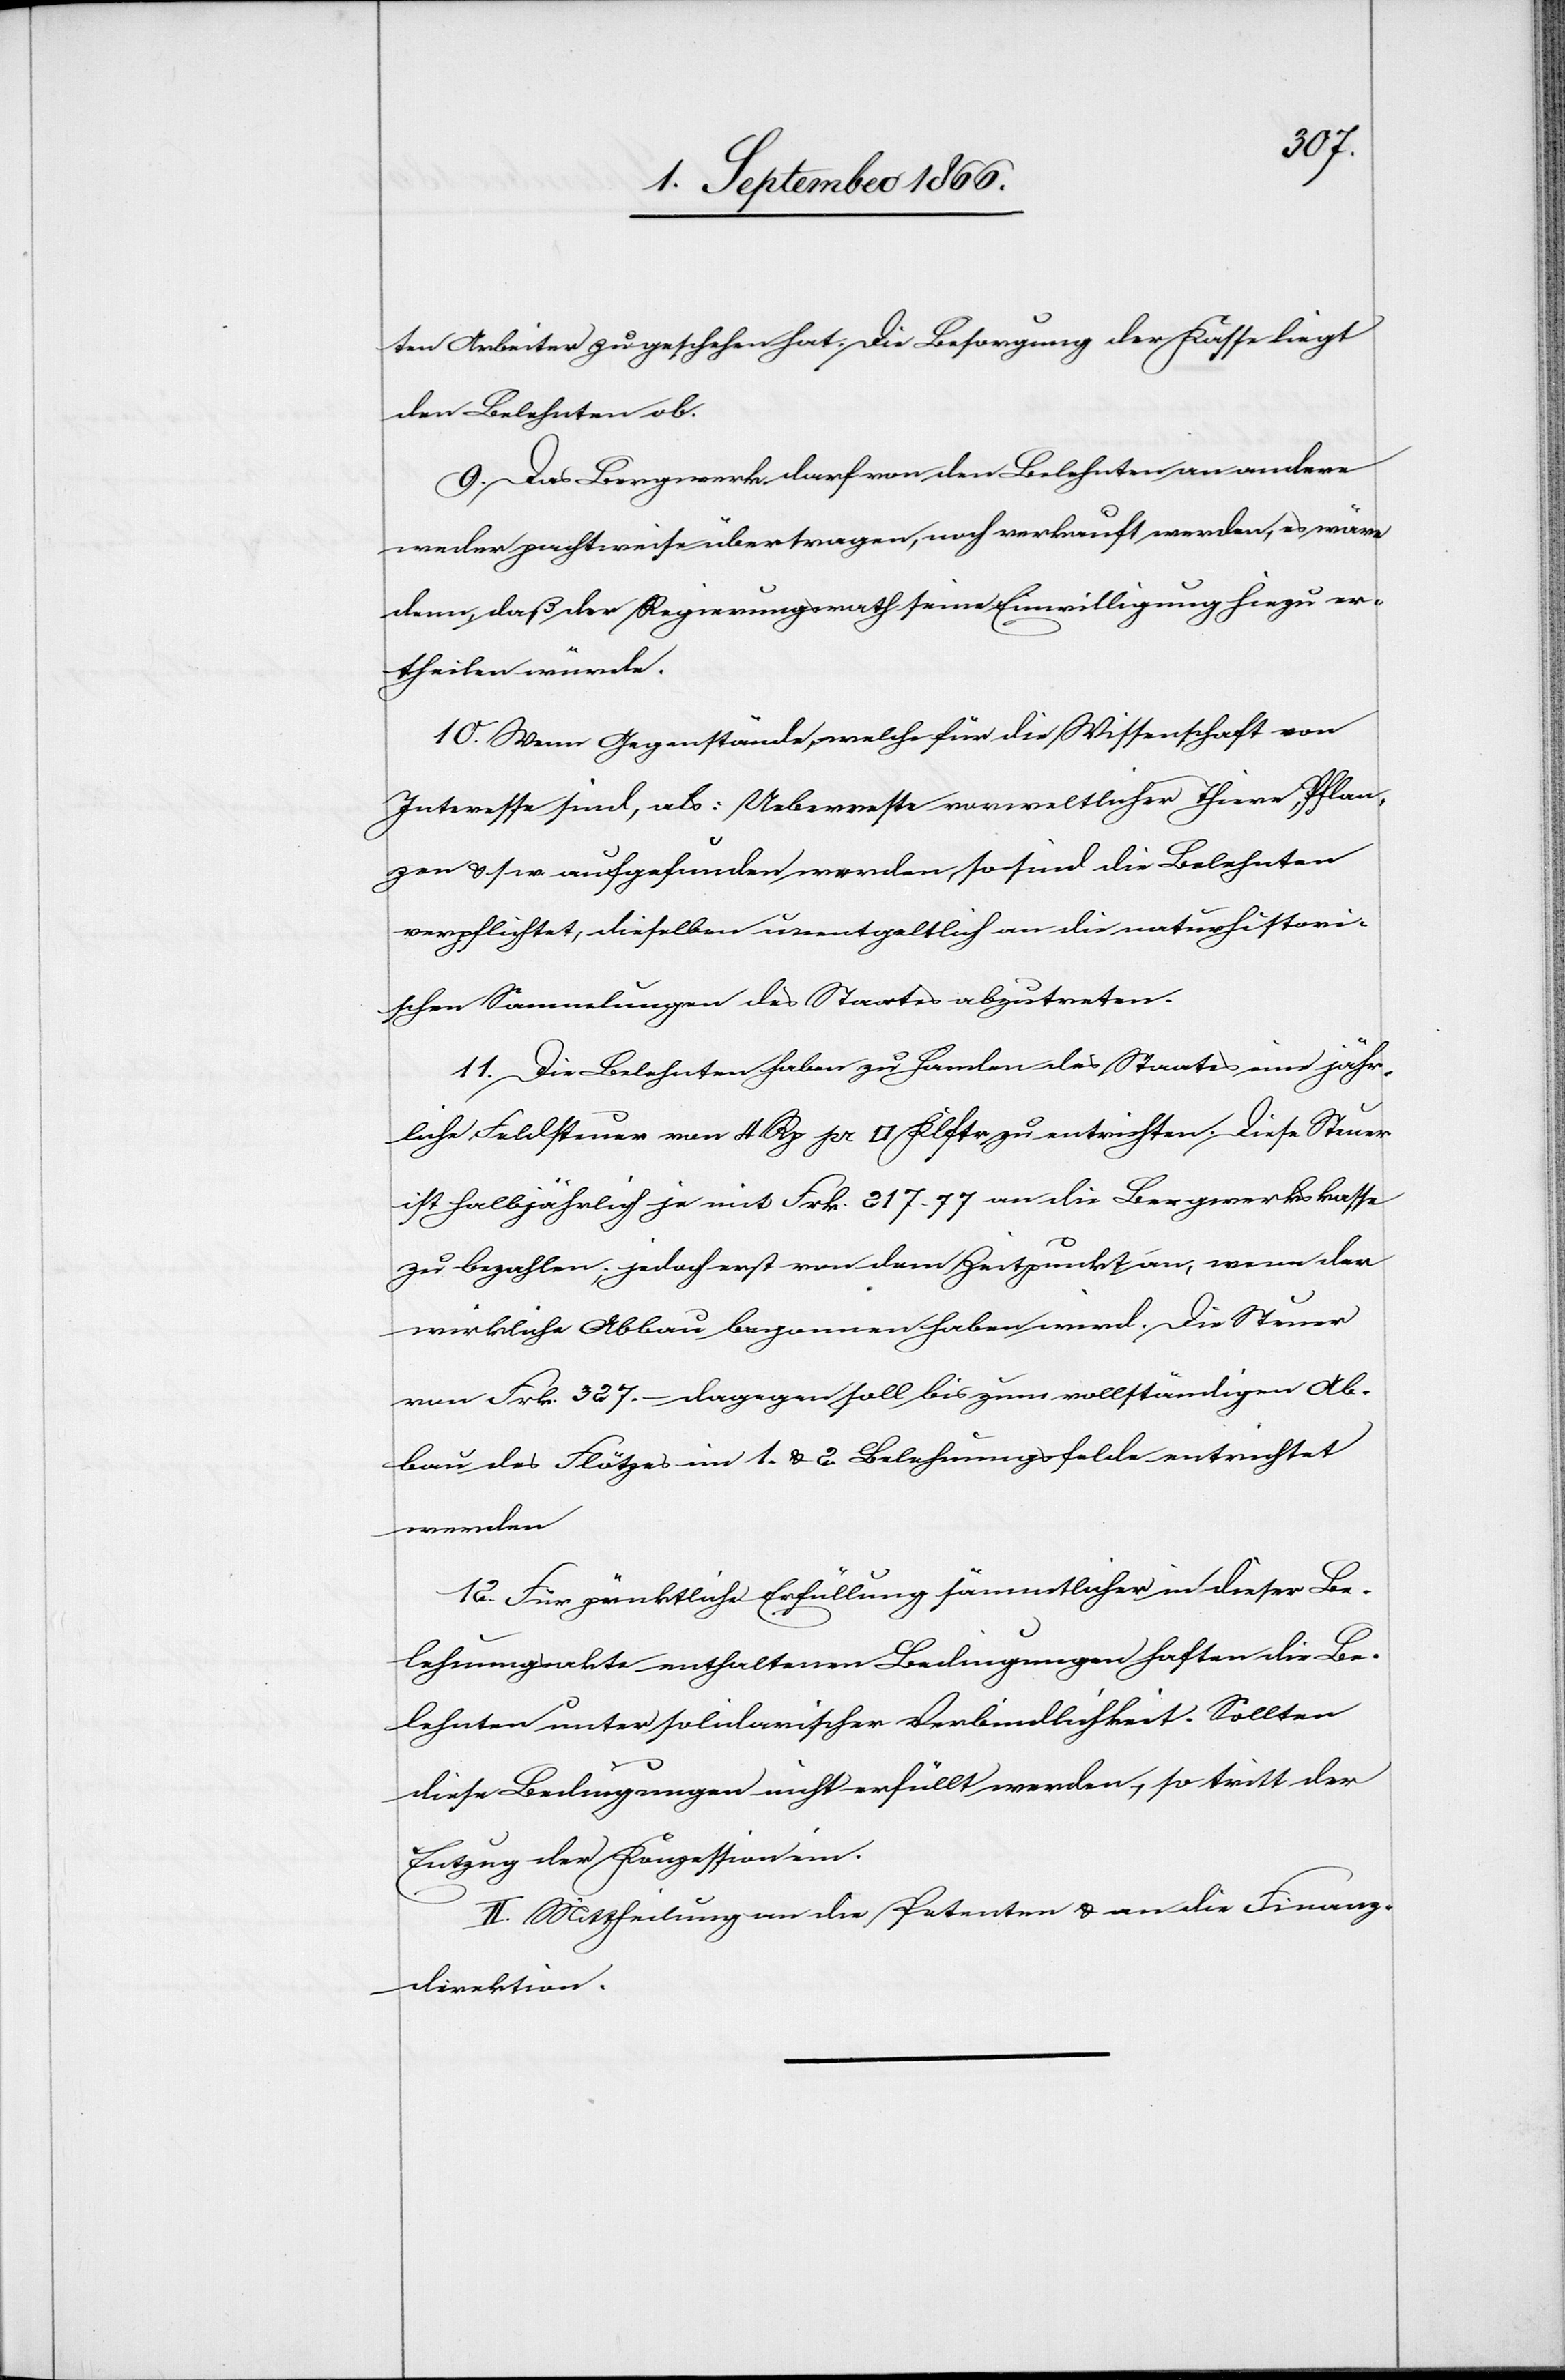
ten Arbeiter zu geschehen hat. Die Besorgung der Kasse liegt
den Belehnten ob.
9. Das Bergwerk darf von den Belehnten an andere
weder pachtweise übertragen, noch verkauft werden, es wäre
denn, daß der Regierungsrath seine Einwilligung hiezu er¬
theilen würde.
10. Wenn Gegenstände, welche für die Wissenschaft von
Interesse sind, als: Ueberreste vorweltlicher Thiere, Pflan¬
zen u. s. w. aufgefunden werden, so sind die Belehnten
verpflichtet, dieselben unentgeltlich an die naturhistori¬
schen Sammlungen des Staates abzutreten.
11. Die Belehnten haben zu Handen des Staates eine jähr¬
liche Feldsteuer von 4 Rp pr [Quadratklafter] zu entrichten. Diese Steuer
ist halbjährlich je mit Frk. 217.77 an die Bergwerkskasse
zu bezahlen, jedoch erst von dem Zeitpunkte an, wenn der
wirkliche Abbau begonnen haben wird. Die Steuer
von Frk. 327.– dagegen soll bis zum vollständigen Ab¬
bau des Flötzes im 1. u. 2. Belehnungsfelde entrichtet
werden.
12. Für pünktliche Erfüllung sämmtlicher in dieser Be¬
lehnungsakte enthaltenen Bedingungen haften die Be¬
lehnten unter solidarischer Verbindlichkeit. Sollten
diese Bedingungen nicht erfüllt werden, so tritt der
Entzug der Konzession ein.
II. Mittheilung an die Petenten u. an die Finanz¬
direktion.